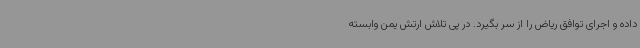
داده و اجرای توافق ریاض را از سر بگیرد. در پی تلاش ارتش یمن وابسته